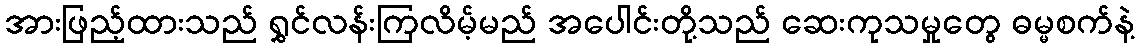
အားဖြည့်ထားသည် ရွှင်လန်းကြလိမ့်မည် အပေါင်းတို့သည် ဆေးကုသမှုတွေ ဓမ္မစက်နဲ့